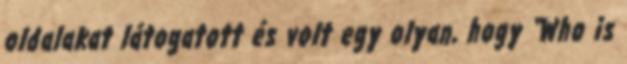
oldalakat látogatott és volt egy olyan, hogy “Who is